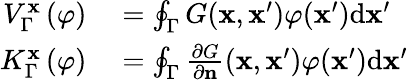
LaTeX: \begin{array}{rl}{V_{\Gamma}^{\mathbf{x}}\left(\varphi\right)}&{{}=\oint_{\Gamma}G(\mathbf{x},\mathbf{x}^{\prime})\varphi(\mathbf{x}^{\prime})\mathrm{{d}\mathbf{x}^{\prime}}}\\ {K_{\Gamma}^{\mathbf{x}}\left(\varphi\right)}&{{}=\oint_{\Gamma}\frac{\partial G}{\partial\mathbf{n}}(\mathbf{x},\mathbf{x}^{\prime})\varphi(\mathbf{x}^{\prime})\mathrm{{d}\mathbf{x}^{\prime}}}\end{array}